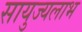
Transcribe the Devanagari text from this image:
सायुज्यलाभ